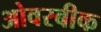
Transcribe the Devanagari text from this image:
ओवरबीक